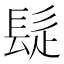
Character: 𩬂